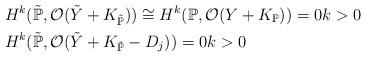
LaTeX: \begin{align*}& H^k(\tilde{\mathbb{P}}, \mathcal{O}(\tilde{Y} + K_{\tilde{\mathbb{P}}})) \cong H^k(\mathbb{P}, \mathcal{O}(Y+K_{\mathbb{P}})) = 0 k > 0 \\& H^k(\tilde{\mathbb{P}}, \mathcal{O}(\tilde{Y} + K_{\tilde{\mathbb{P}}} - D_j)) = 0 k > 0\end{align*}